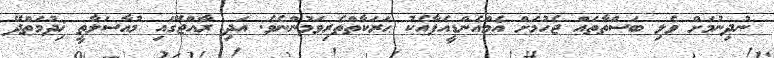
ނުދިނުމަށް ވެލި ބަސްތާތައް ޖެހުމަށް އެމްއެންޑީއެފާއެކު ޙަރަކާތްތެރިވަމުންނެވެ. އަދި ރާއްޖޭގައި މުއާސަލާތީ ޚިދުމަތްދޭ